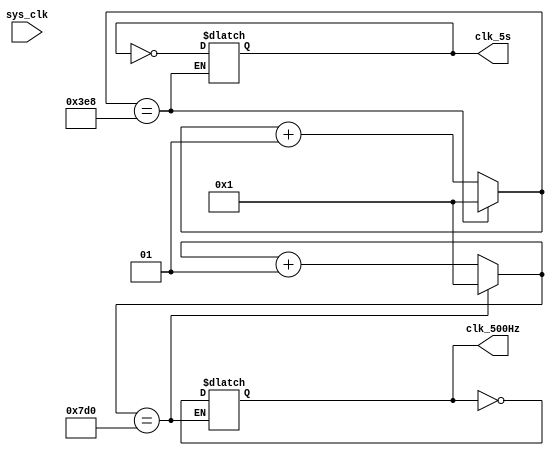
module rtcClkDivider (
	input sys_clk,    // 1 MHz
	output clk_500Hz, // 500 Hz
	output clk_5s  // 0.2 Hz
);
reg clk500Hz, clk5s;
integer counter1, counter2, period1, period2;

parameter KEYCHANGE_PERIOD = 0.001;  // DO NOT CHANGE THE NAME OF THIS PARAMETER 
// AND MAKE SURE TO USE THIS PARAMETER INSTEAD OF HARDCODING OTHER VALUES


assign clk_500Hz = clk500Hz;
assign clk_5s = clk5s;
initial begin
	counter1 = 1;
	counter2 = 1;
	clk500Hz = 0;
 	clk5s = 0;
	period1 = 2000;
	period2 = 1000000*KEYCHANGE_PERIOD;
end

always @(sys_clk ) begin
	
	if(counter1==period1) begin
        clk500Hz <= ~clk500Hz;
        counter1 <= 1;
    end else counter1 <= counter1 + 1;
	if(counter2==period2) begin
        clk5s <= ~clk5s;
        counter2 <= 1;
    end else counter2 <= counter2 + 1;
end

endmodule